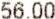
56.00